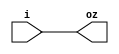
module z (input i, output oz);
   assign oz = i;
endmodule